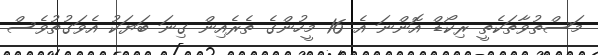
މަސްތުވާތަކެތީ ރިކޯޑް އޮންނަ އެ 16 މީހުންގެ ތެރެއިން ގިނަ ބަޔަކު އެވަގުތުވެސް